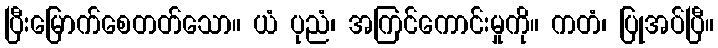
ပြီးမြောက်စေတတ်သော။ ယံ ပုညံ၊ အကြင်ကောင်းမှုကို။ ကတံ၊ ပြုအပ်ပြီ။